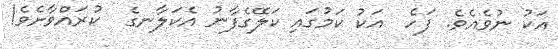
އަކު ނުވެއެވެ. ފަހެ  އަކު ކަމުގައި ކަލޭގެފާނު އެކަލާނގެ  ކުރައްވާށެވެ!